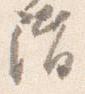
階